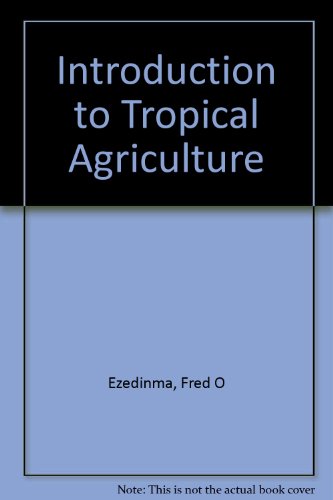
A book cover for Introduction to Tropical Agriculture; A. & Onazi, O. Youdeouwei; Science & Math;